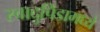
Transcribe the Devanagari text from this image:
स्वादुपिंडामध्ये